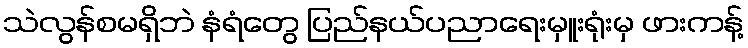
သဲလွန်စမရှိဘဲ နံရံတွေ ပြည်နယ်ပညာရေးမှူးရုံးမှ ဖားကန့်